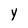
Character: y